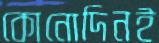
কোনোদিনই